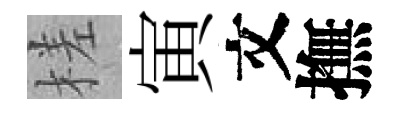
槎寅文撫